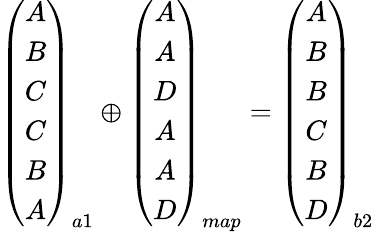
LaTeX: \begin{array}{r}{\left(\begin{array}{c}{A}\\ {B}\\ {C}\\ {C}\\ {B}\\ {A}\end{array}\right)_{a1}\oplus\left(\begin{array}{c}{A}\\ {A}\\ {D}\\ {A}\\ {A}\\ {D}\end{array}\right)_{map}=\left(\begin{array}{c}{A}\\ {B}\\ {B}\\ {C}\\ {B}\\ {D}\end{array}\right)_{b2}}\end{array}